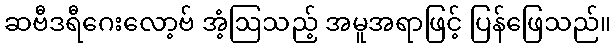
ဆဗီဒရီဂေးလော့ဗ် အံ့ဩသည့် အမူအရာဖြင့် ပြန်ဖြေသည်။